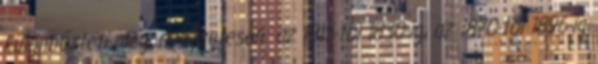
különbözteti meg, nevezetesen: az 1815-től 1830-ig, az 1870-től 1896-ig